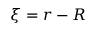
\xi = r - R